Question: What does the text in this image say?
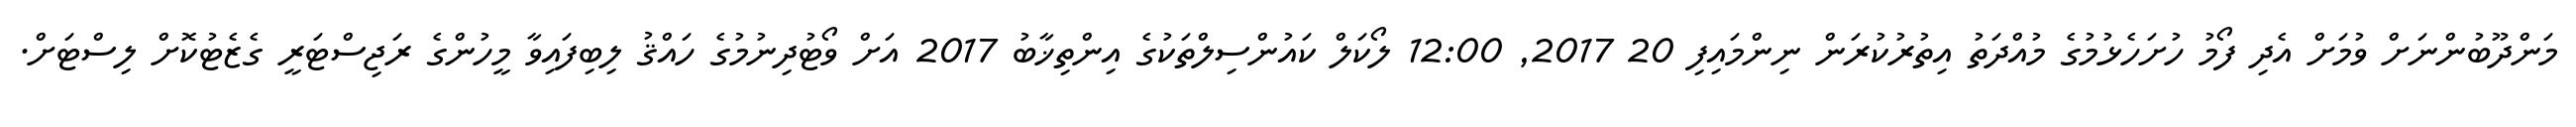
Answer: މަންދޫބުންނަށް ވުމަށް އެދި ފޯމު ހުށަހެޅުމުގެ މުއްދަތު އިތުރުކުރަން ނިންމައިފި 20 2017, 12:00 ލޯކަލް ކައުންސިލްތަކުގެ އިންތިޚާބު 2017 އަށް ވޯޓުދިނުމުގެ ހައްޤު ލިބިފައިވާ މީހުންގެ ރަޖިސްޓަރީ ގެޒެޓުކޮށް ލިސްޓަށް.